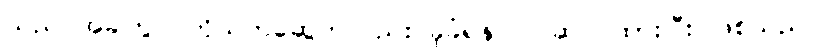
သည် အခါတွင် ကိုသက်ဆွေကလည်း ခုခံရန် ပြင်ဆင် ထားပြီး ဖြစ်သည်။